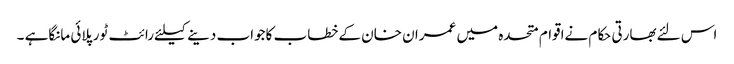
اس لئےبھارتی حکام نےاقوام متحدہ میں عمران خان کےخطاب کاجواب دینےکیلئےرائٹ ٹورپلائی مانگاہے ۔